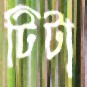
টিটা